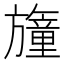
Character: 𣄢